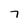
Character: 7